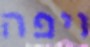
ויפה